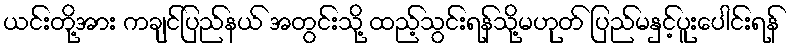
ယင်းတို့အား ကချင်ပြည်နယ် အတွင်းသို့ ထည့်သွင်းရန်သို့မဟုတ် ပြည်မနှင့်ပူးပေါင်းရန်